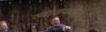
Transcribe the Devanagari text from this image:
त्यांजवळील